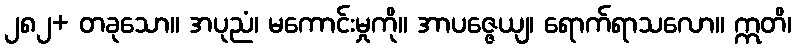
၂၈၂+ တခုသော။ အပုညံ၊ မကောင်းမှုကို။ အာပဇ္ဇေယျ၊ ရောက်ရာသလော။ ဣတိ၊